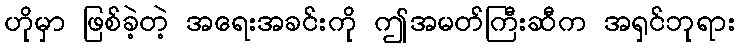
ဟိုမှာ ဖြစ်ခဲ့တဲ့ အရေးအခင်းကို ဤအမတ်ကြီးဆီက အရှင်ဘုရား